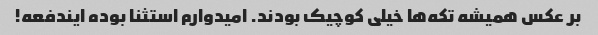
بر عکس همیشه تکه‌ها خیلی کوچیک بودند. امیدوارم استثنا بوده ایندفعه!